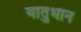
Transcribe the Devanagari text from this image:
यातुधान